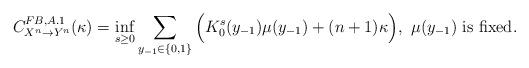
LaTeX: \begin{align*}C^{FB,A.1}_{X^n\rightarrow{Y^n}}(\kappa)=\inf_{s\geq{0}}\sum_{y_{-1}\in\{0,1\}}\Big(K^s_0(y_{-1})\mu(y_{-1})+(n+1)\kappa\Big),~\mu(y_{-1})~\mbox{is fixed}.\end{align*}